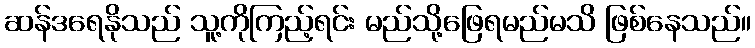
ဆန်ဒရေနိုသည် သူ့ကိုကြည့်ရင်း မည်သို့ဖြေရမည်မသိ ဖြစ်နေသည်။